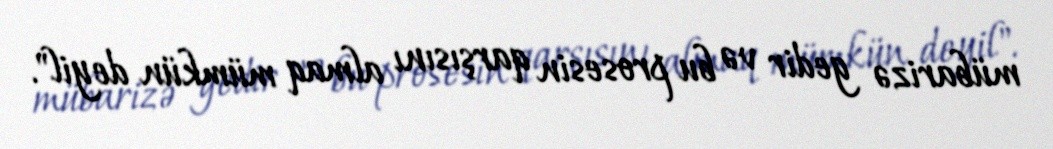
mübarizə gedir və bu prosesin qarşısını almaq mümkün deyil".